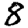
Digit: 8